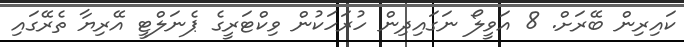
ކައިރިން ބޭރަށް. 8 އަވީލޯ ނަގައިދިން ހުރަހަކުން ވިކްޓަރީގެ ޕެނަލްޓީ އޭރިޔާ ތެރޭގައި